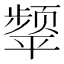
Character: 𮸺